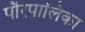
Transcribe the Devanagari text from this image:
पौरपालिका